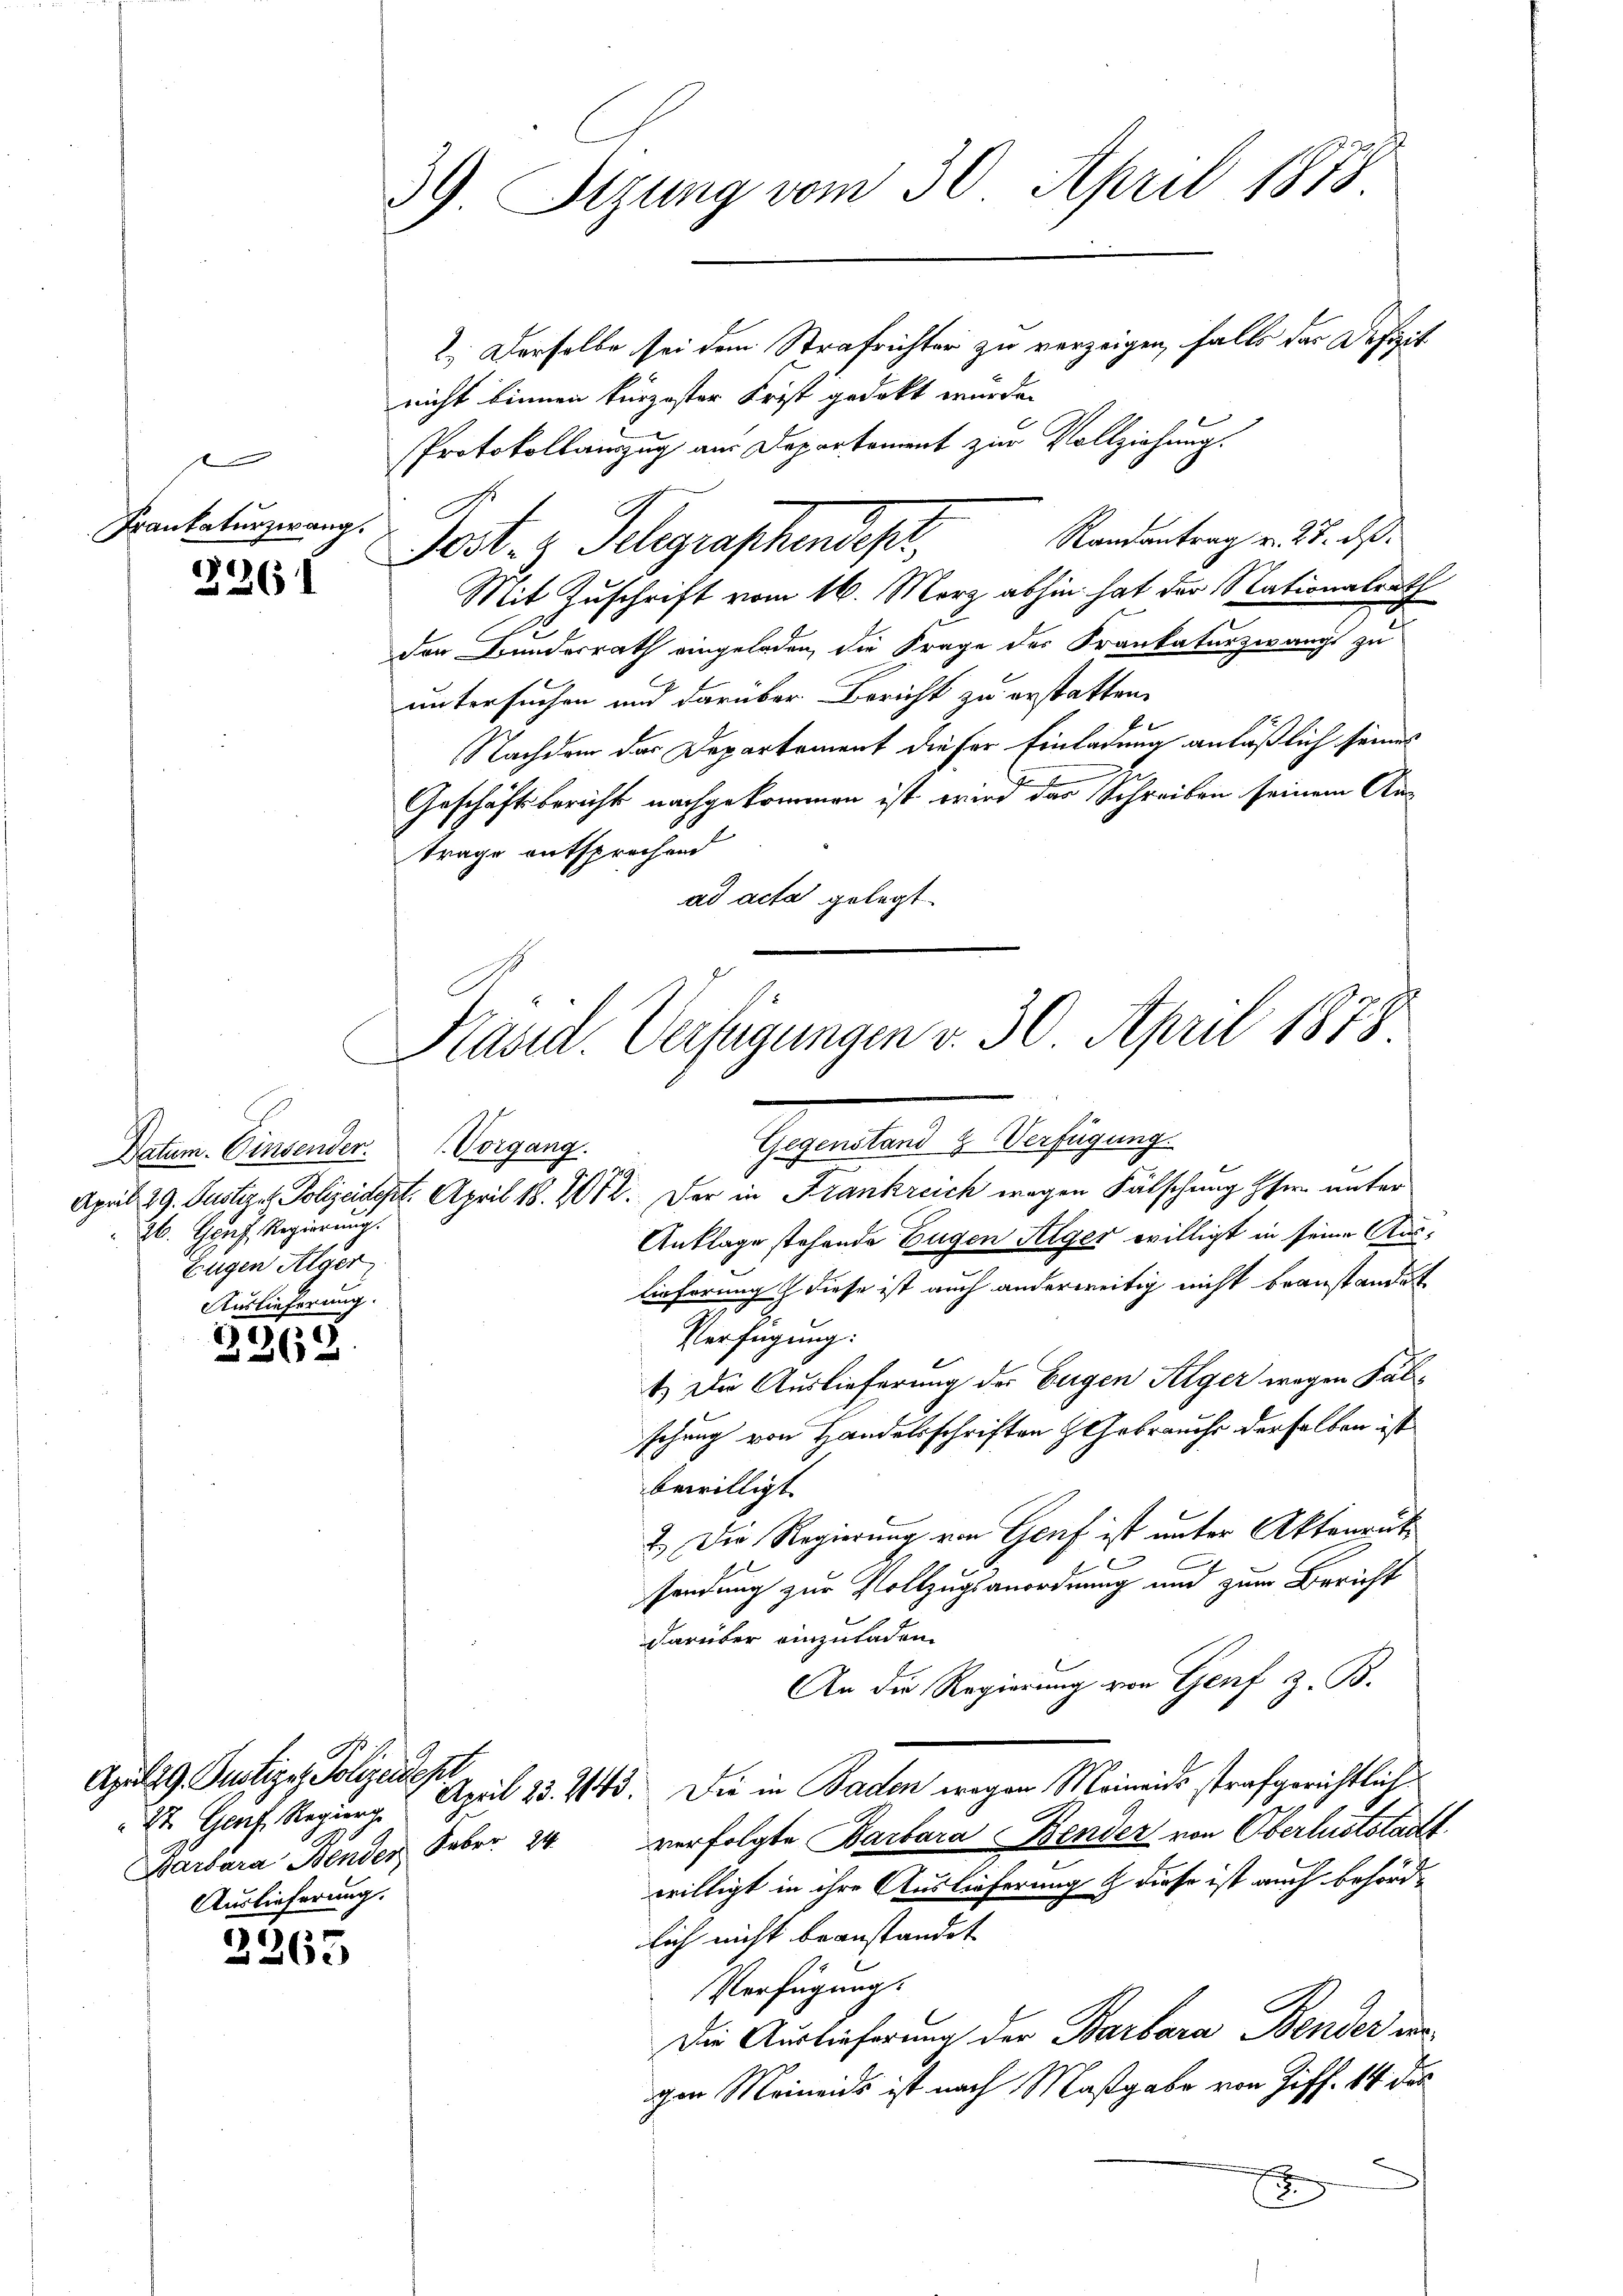
f
Prantaturzwang.

2261

2362

April 29. Justiges Polizeident
Auslieferung.

2365

39 Sizung vom 30. April 1878
2.) Derselbe sei dem Strafrichter zu verzeigen, falls das Defizit
nicht binnen kürzester Frist gedeckt wurde.

Datum. Einsender. Vorgang.
36. Genf, Regierung.
Eigen Alger
Auslieferung.

Protokollauszug aus Departement zur Vollziehung.
Randantrag v. 27. ds.
Mit Zuschrift vom 16. März abhin hat der Nationalrath
den Bundesrath eingeladen, die Frage der Krankaturzwangt zu
untersuchen und darüber Bericht zu erstatten.
Nachdem das Departement dieser Einladung anläßlich seines
1
Geschäftsbericht nachgekommen ist wird der Schreiben seinem Antrage entsprechend
ad acta gelegt.
gealten u. Verfügung
April 29. Justige Polizeidept. April 18. 1012. Der in Frankreich wegen Fälschung her unter
Anklage stehende Eugen Steger willigt in seine Auslieferung diese ist auch anderweitig nicht beanstandet
Verfügung:
1.) Die Auslieferung der Eugen Pilger wegen Falschung von Handelsschriften Gebrauchs derselben ist
bewilligt.
2.) Die Regierung von Genf ist unter Aktenrut
x
sendung zur Vollzugsanordnung und zum Bericht
darüber einzuladen.
An die Regierung von Genf z. B.
Dr. Genf. Regier, 2 April 25. 243. Die in Baden wegen Meinends strafgerichtlich
Barbara Bender Febr. 24 verfolgte Barbara Bender von Oberluststadt
willigt in ihre Auslieferung & diese ist auch behörd
lich nicht beanstandet
Verfügung.
Die Auslieferung der Barbara Bender un
gen Meinends ist nach Maßgabe von Ziff. 14 des
7

Post 3 Telegraphendesr

Kasid. Verfügungen v. 30. April 1878